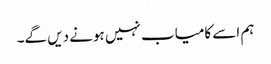
ہم اسے کامیاب نہیں ہونے دیں گے۔